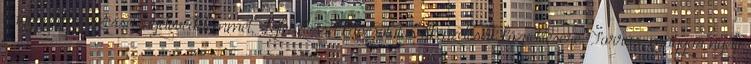
hagyományőrzéssel, nyelvvédelemmel, -fejlesztéssel kapcsolatos elképzeléseik közvetítésére. Forrás: magyar nyelv